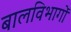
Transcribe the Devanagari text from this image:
बालविभागों